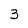
Character: 3